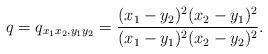
LaTeX: \begin{align*}q=q_{x_1 x_2,y_1 y_2}=\frac{(x_1-y_2)^2(x_2-y_1)^2}{(x_1-y_1)^2(x_2-y_2)^2}.\end{align*}